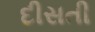
દીસતી